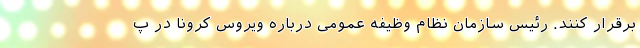
برقرار کنند. رئیس سازمان نظام وظیفه عمومی درباره ویروس کرونا در پ